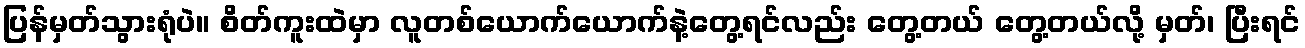
ပြန်မှတ်သွားရုံပဲ။ စိတ်ကူးထဲမှာ လူတစ်ယောက်ယောက်နဲ့တွေ့ရင်လည်း တွေ့တယ် တွေ့တယ်လို့ မှတ်၊ ပြီးရင်